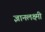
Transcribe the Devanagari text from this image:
ज्ञानलक्ष्मी